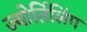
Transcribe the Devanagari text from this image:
ज्योर्तिलिंग